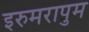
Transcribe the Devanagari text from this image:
इरुमरापुम